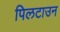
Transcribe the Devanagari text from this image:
पिलटाउन